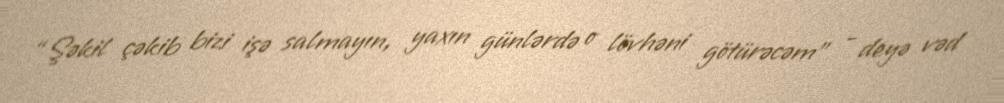
“Şəkil çəkib bizi işə salmayın, yaxın günlərdə o lövhəni götürəcəm” - deyə vəd